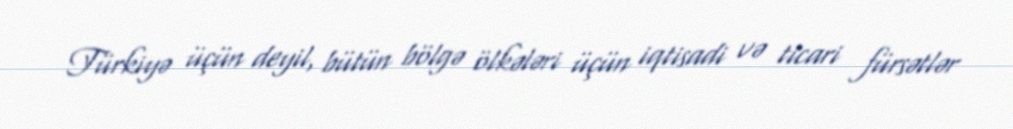
Türkiyə üçün deyil, bütün bölgə ölkələri üçün iqtisadi və ticari fürsətlər